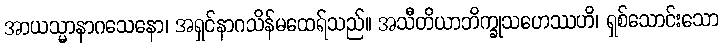
အာယသ္မာနာဂသေနော၊ အရှင်နာဂသိန်မထေရ်သည်။ အသီတိယာဘိက္ခုသဟေဿဟိ၊ ရှစ်သောင်းသော